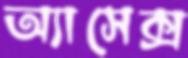
অ্যাসেক্স